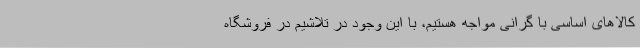
کالاهای اساسی با گرانی مواجه هستیم، با این وجود در تلاشیم در فروشگاه